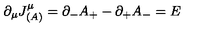
\partial _ { \mu } J _ { ( A ) } ^ { \mu } = \partial _ { - } A _ { + } - \partial _ { + } A _ { - } = E